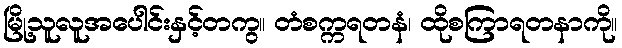
မြို့သူလူအပေါင်းနှင့်တကွ။ တံစက္ကရတနံ၊ ထိုစကြာရတနာကို။